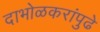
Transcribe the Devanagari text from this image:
दाभोळकरांपुढे